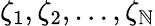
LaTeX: \zeta_{1},\zeta_{2},\ldots,\zeta_{\mathbb{N}}